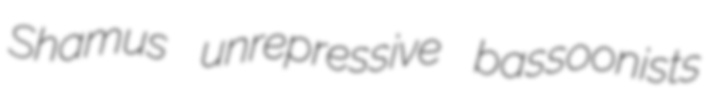
Shamus unrepressive bassoonists